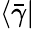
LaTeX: \langle\bar{\gamma}\vert